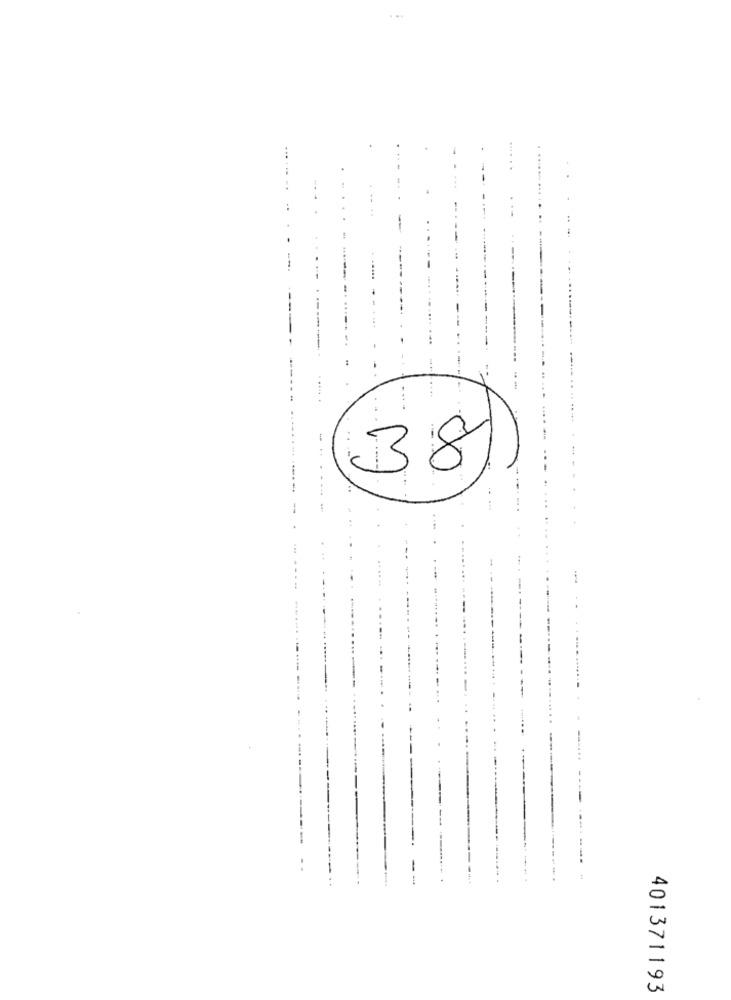
38
401371193